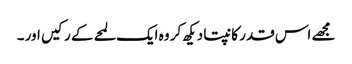
مجھے اس قدر کانپتا دیکھ کر وہ ایک لمحے کے رکیں اور ۔